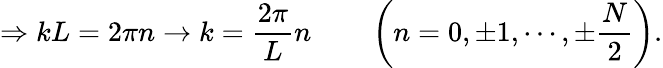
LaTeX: \Rightarrow kL=2\pi n\to k={\frac{2\pi}{L}}n\qquad\left(n=0,\pm 1,\cdots,\pm{\frac{N}{2}}\right).